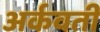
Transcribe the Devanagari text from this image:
अर्कवती